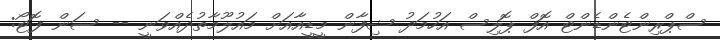
ސްޕްރިންޓެންޑެންޓް އޮފް ޕޮލިސް އަހުމަދު ޝިފާން މީޑީއާއަށް މައުލޫމާތުދެއްވަނީ -- ސަން ފޮޓޯ: